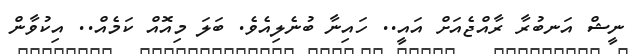
ނީޝް އަނބުރާ ރާއްޖެއަށް އައީ.. ހައިނާ ބުނެލިއެވެ. ބަލަ މިއޮއް ކަމެއް.. އިކުވާން